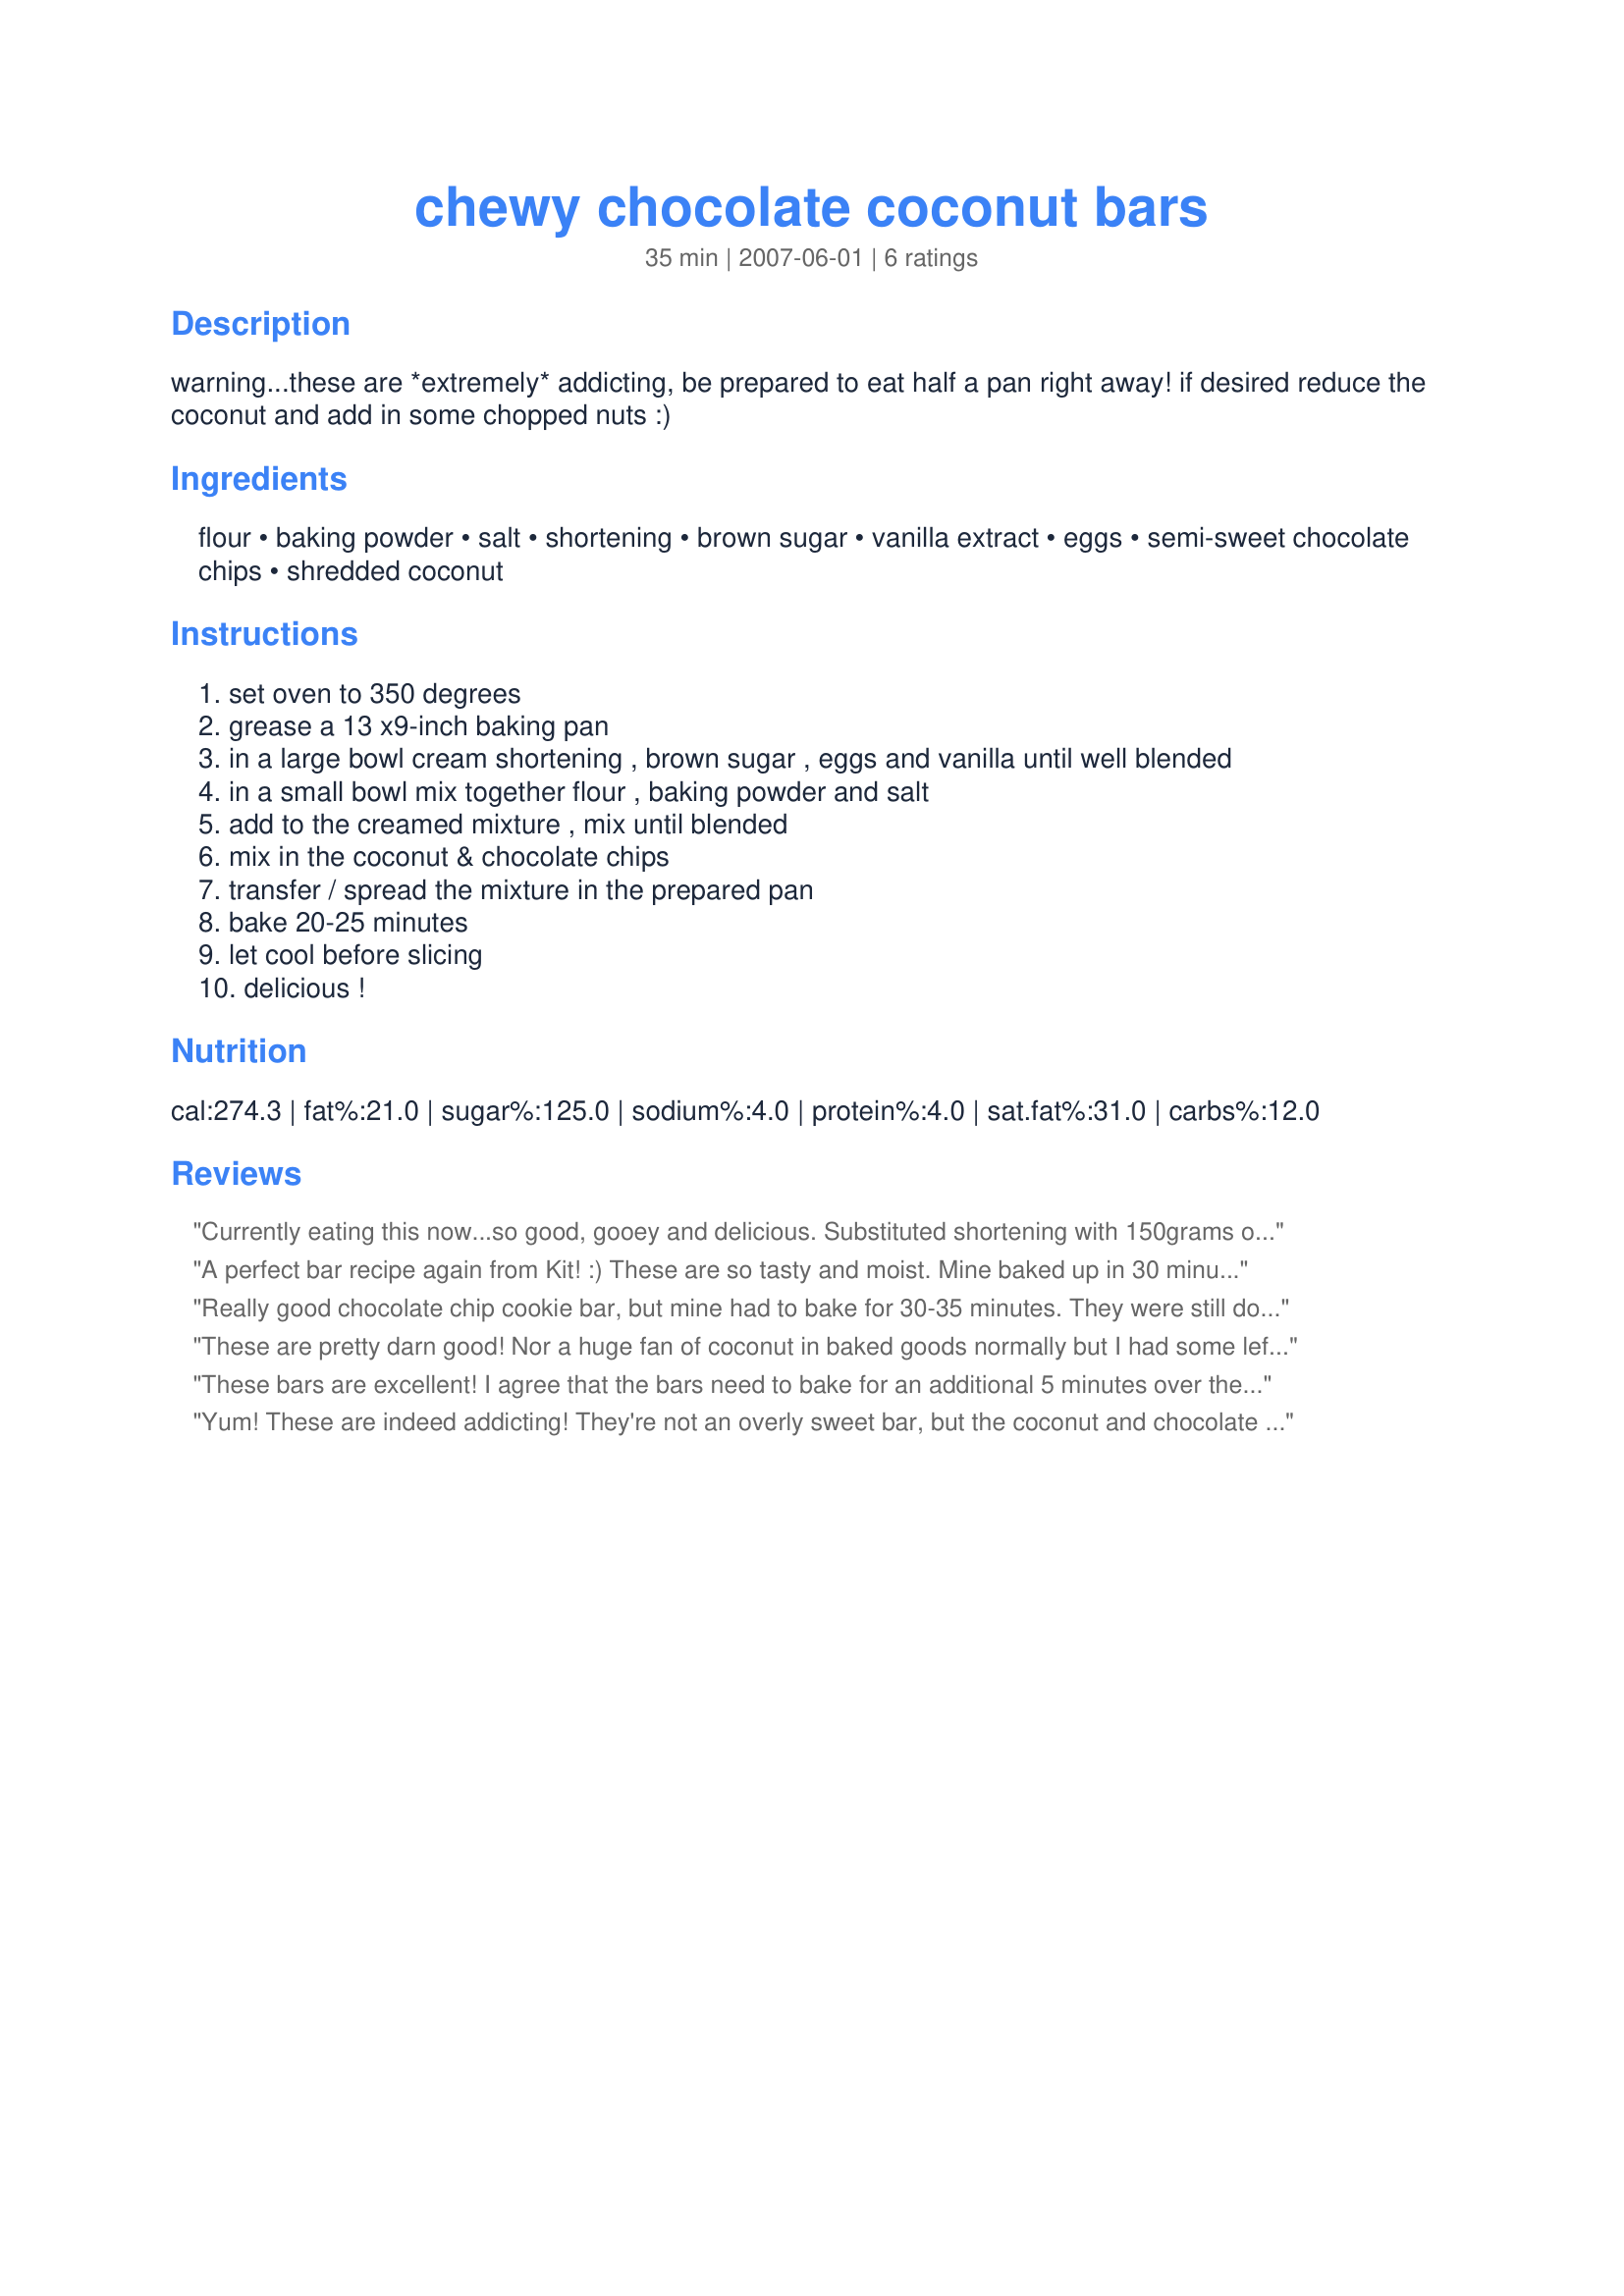
chewy chocolate coconut bars
Preparation time: 35 minutes

warning...these are *extremely* addicting, be prepared to eat half a pan right away! if desired reduce the coconut and add in some chopped nuts :)

Ingredients:
flour, baking powder, salt, shortening, brown sugar, vanilla extract, eggs, semi-sweet chocolate chips, shredded coconut

Steps:
set oven to 350 degrees
grease a 13 x9-inch baking pan
in a large bowl cream shortening , brown sugar , eggs and vanilla until well blended
in a small bowl mix together flour , baking powder and salt
add to the creamed mixture , mix until blended
mix in the coconut & chocolate chips
transfer / spread the mixture in the prepared pan
bake 20-25 minutes
let cool before slicing
delicious !

Reviews:
Currently eating this now...so good, gooey and delicious. Substituted shortening with 150grams of butter - I have never tried shortening in baking (however I am a novice baker), and they turned out fine. Also baked it for 25mins and they turned out how I liked them - a lil bit gooey but firm at the same time.
A perfect bar recipe again from Kit! :) These are so tasty and moist. Mine baked up in 30 minutes. LOVE the coconut addition to these bars. They were a big hit at a high school gathering at my house! Poof - they were gone! Glad I tagged you in 123 Hits. :)
Really good chocolate chip cookie bar, but mine had to bake for 30-35 minutes. They were still doughy in the middle at 25 minutes. Great served warm with a scoop of vanilla ice cream.
These are pretty darn good! Nor a huge fan of coconut in baked goods normally but I had some leftover from a birthday cake I made for my mother. These taste like almond joy in cookie form. They needed to bake a little longer because they were still "wet" in the middle. I did have some trouble getting them out of the pan, but only a little. Tasty morsels!
These bars are excellent! I agree that the bars need to bake for an additional 5 minutes over the suggested baking time. I can't wait to make them again.
Yum! These are indeed addicting! They're not an overly sweet bar, but the coconut and chocolate make them easy to just keep going back for more! :)
I did add about a half cup of chopped walnuts as well and used a 71/2 X 11" pan to get a thicker bar (personal choice) and the baking time was right on at 25 minutes. Thanks for sharing another keeper kitten! :)
